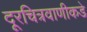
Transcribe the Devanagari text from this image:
दूरचित्रवाणीकडे